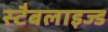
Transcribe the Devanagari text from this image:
स्टैबलाइज्ड